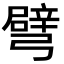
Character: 𢐦